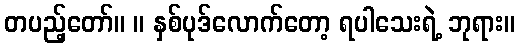
တပည့်တော်။ ။ နှစ်ပုဒ်လောက်တော့ ရပါသေးရဲ့ ဘုရား။